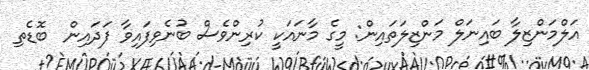
އަލްމަންޒިލާ ބައިނަލް މަންޒިލަތައިން: މީގެ މާނައަކީ ކުރިންވެސް ބުނެވިފައިވާ ފަދައިން  ބޮޑެތި